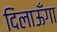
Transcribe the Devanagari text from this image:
दिलाऊँगा